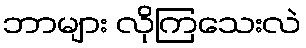
ဘာများ လိုကြသေးလဲ